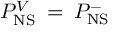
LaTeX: { \cal P } _ { \mathrm { N S } } ^ { V } \: = \: { \cal P } _ { \mathrm { N S } } ^ { - }